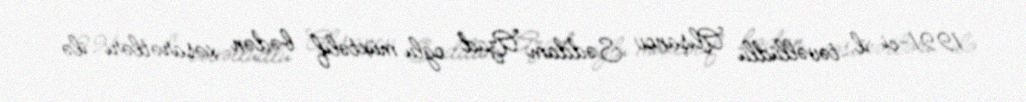
1991-ci il təvəllüdlü Alışanov Səddam Azad oğlu müxtəlif bədən xəsarətləri ilə